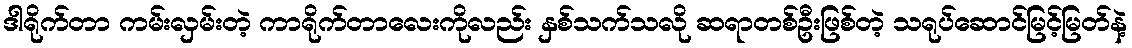
ဒါရိုက်တာ ကမ်းလှမ်းတဲ့ ကာရိုက်တာလေးကိုလည်း နှစ်သက်သလို ဆရာတစ်ဦးဖြစ်တဲ့ သရုပ်ဆောင်မြင့်မြတ်နဲ့